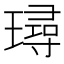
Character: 璕